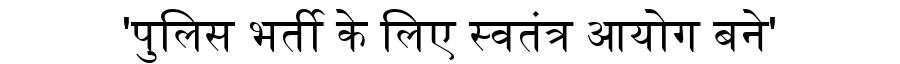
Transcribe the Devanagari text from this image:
'पुलिस भर्ती के लिए स्वतंत्र आयोग बने'